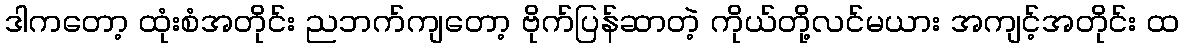
ဒါကတော့ ထုံးစံအတိုင်း ညဘက်ကျတော့ ဗိုက်ပြန်ဆာတဲ့ ကိုယ်တို့လင်မယား အကျင့်အတိုင်း ထ